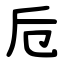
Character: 卮